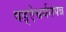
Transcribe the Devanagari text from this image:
षड्ऐश्वर्यसंपन्न